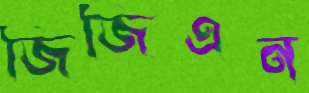
জিজিএন